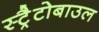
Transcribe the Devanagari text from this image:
स्ट्रैटोबाउल